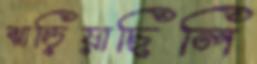
ঝাড়িয়াছিলি